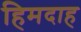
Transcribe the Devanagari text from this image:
हिमदाह